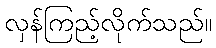
လှန်ကြည့်လိုက်သည်။